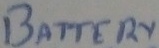
Text: BATTERY